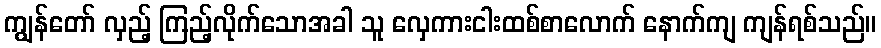
ကျွန်တော် လှည့် ကြည့်လိုက်သောအခါ သူ လှေကားငါးထစ်စာလောက် နောက်ကျ ကျန်ရစ်သည်။